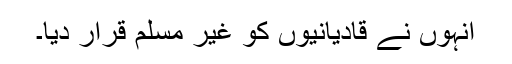
انہوں نے قادیانیوں کو غیر مسلم قرار دیا۔